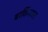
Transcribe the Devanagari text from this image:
बरकिंगधन